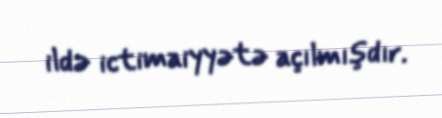
ildə ictimaiyyətə açılmışdır.